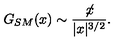
G _ { S M } ( x ) \sim \frac { \not \! x } { | x | ^ { 3 / 2 } } .